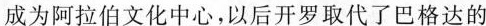
成为阿拉伯文化中心，以后开罗取代了巴格达的